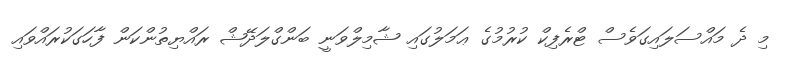
މި ދެ މައްސަލައިގަވެސް ޓްރެފިކް ކުރުމުގެ ޢަމަލުގައި ޝާމިލްވަނީ ބަންގްލަދޭޝް ރައްޔިތުންކަން ފާހަގަކުރައްވައި